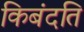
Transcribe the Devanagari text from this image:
किबंदति